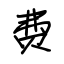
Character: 费